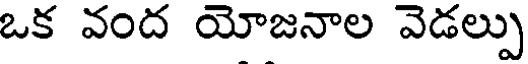
ఒక వంద యోజనాల వెడల్పు